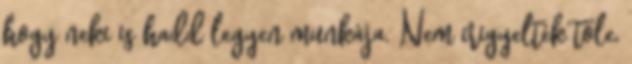
hogy neki is hadd legyen munkája. Nem irigyelték tőle,